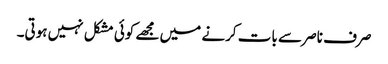
صرف ناصر سے بات کرنے میں مجھے کوئی مشکل نہیں ہوتی۔